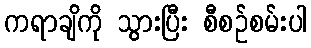
ကရာချိကို သွားပြီး စီစဉ်စမ်းပါ